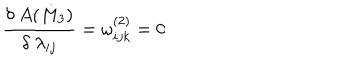
\frac { \delta ~ A ( M _ { 3 } ) } { \delta ~ \lambda _ { i j } } = \omega _ { i j k } ^ { ( 2 ) } = 0